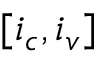
[ i _ { c } , i _ { v } ]